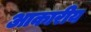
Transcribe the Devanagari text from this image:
आकारीय